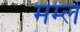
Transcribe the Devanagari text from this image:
मम्ले